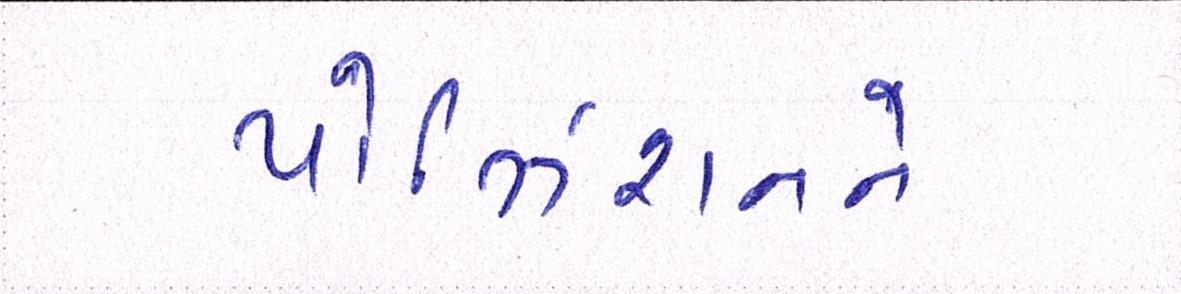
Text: પોઝિશનનને